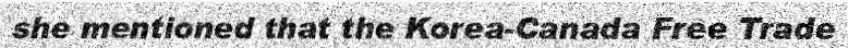
she mentioned that the Korea-Canada Free Trade